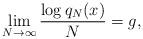
LaTeX: \begin{align*}\lim_{N\to \infty} \frac{\log q_N(x)}{N} = g,\end{align*}